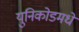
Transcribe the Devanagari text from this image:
युनिकोडमधे